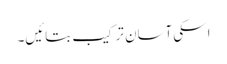
اسکی آسان ترکیب بتائیں۔